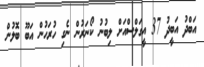
އަބްދު އަބީދު 37 އީގަލްސްއަށް ލިބުނު ކޯނަރުން ނެގި ހުރަހުން އަބޫ ބޮލުން